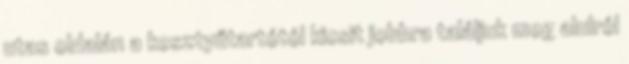
utas oldalán a kesztyűtartótól kicsit jobbra találjuk meg alulról